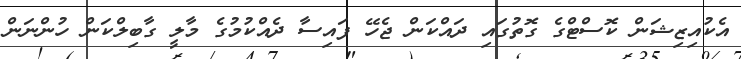
އެކުއިޒިޝަން ކޮސްޓްގެ ގޮތުގައި ދައްކަން ޖެހޭ ފައިސާ ދެއްކުމުގެ މާލީ ގާބިލްކަން ހުންނަން